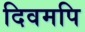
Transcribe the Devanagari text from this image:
दिवमपि